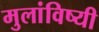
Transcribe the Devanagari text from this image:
मुलांविष्यी